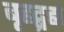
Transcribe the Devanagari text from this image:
बृहद्ब्रह्म